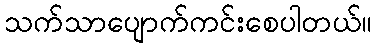
သက်သာပျောက်ကင်းစေပါတယ်။